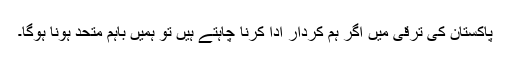
پاکستان کی ترقی میں اگر ہم کردار ادا کرنا چاہتے ہیں تو ہمیں باہم متحد ہونا ہوگا۔